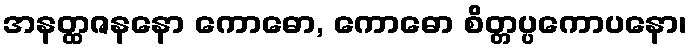
အနတ္ထဇနနော ကောဓော, ကောဓော စိတ္တပ္ပကောပနော၊